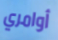
أوامري